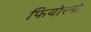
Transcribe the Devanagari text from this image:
फियोरेनो